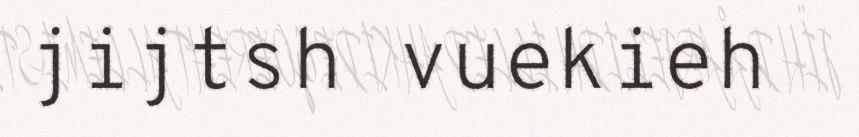
jijtsh vuekieh